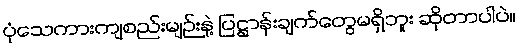
ပုံသေကားကျစည်းမျဉ်းနဲ့ ပြဋ္ဌာန်းချက်တွေမရှိဘူး ဆိုတာပါပဲ။